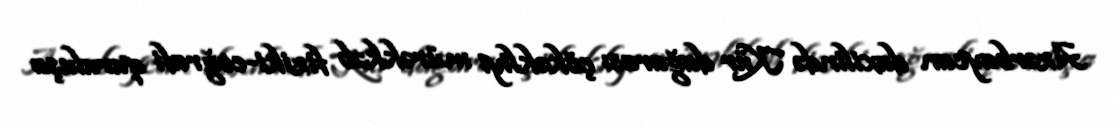
Azərbaycan daxilində Kür dağarası çökəkliyi mürəkkəb fiziki-coğrafi quruluşa